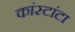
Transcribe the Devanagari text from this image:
कांस्टांटा